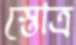
স্তোত্র